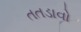
તતડાવો